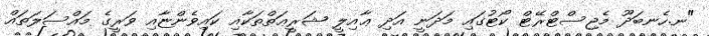
"ނ.ހެނބަދޫ މެޖިސްޓްރޭޓް ކޯޓުގައި މަދަނީ އަދި ޢާއިލީ ޝަރީޢަތްތަކާއި ކައިވެންޏާއި ވަރީގެ މައްސަލަތައް